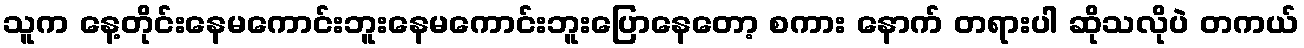
သူက နေ့တိုင်းနေမကောင်းဘူးနေမကောင်းဘူးပြောနေတော့ စကား နောက် တရားပါ ဆိုသလိုပဲ တကယ်